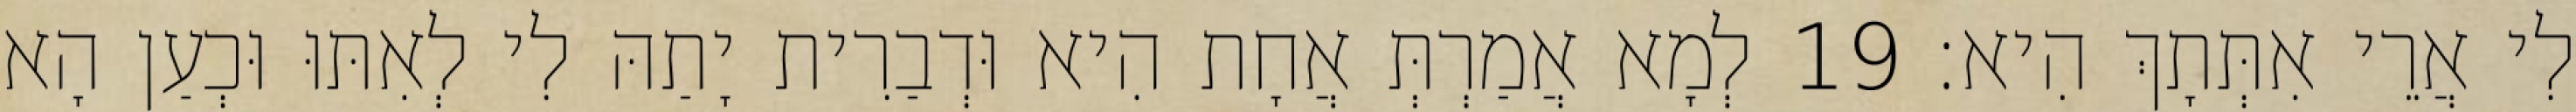
לִי אֲרֵי אִתְּתָךְ הִיא׃ 19 לְמָא אֲמַרְתְּ אֲחָת הִיא וּדְבַרִית יָתַהּ לִי לְאִתּוּ וּכְעַן הָא